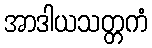
အာဒါယသတ္တကံ